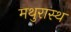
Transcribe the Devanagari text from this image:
मथुरास्थ